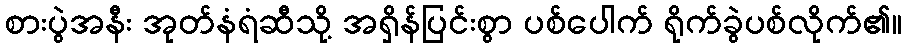
စားပွဲအနီး အုတ်နံရံဆီသို့ အရှိန်ပြင်းစွာ ပစ်ပေါက် ရိုက်ခွဲပစ်လိုက်၏။